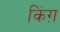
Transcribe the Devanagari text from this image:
किंग़